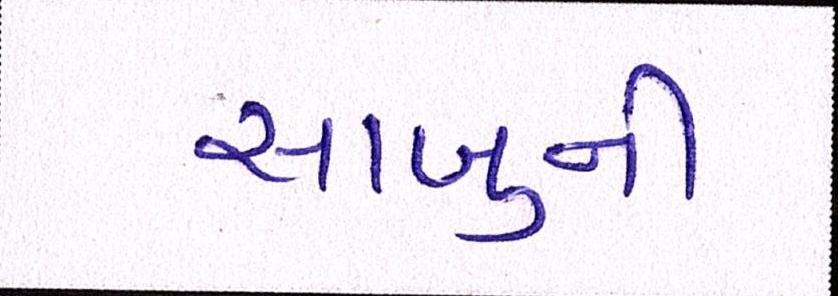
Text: સાબુની